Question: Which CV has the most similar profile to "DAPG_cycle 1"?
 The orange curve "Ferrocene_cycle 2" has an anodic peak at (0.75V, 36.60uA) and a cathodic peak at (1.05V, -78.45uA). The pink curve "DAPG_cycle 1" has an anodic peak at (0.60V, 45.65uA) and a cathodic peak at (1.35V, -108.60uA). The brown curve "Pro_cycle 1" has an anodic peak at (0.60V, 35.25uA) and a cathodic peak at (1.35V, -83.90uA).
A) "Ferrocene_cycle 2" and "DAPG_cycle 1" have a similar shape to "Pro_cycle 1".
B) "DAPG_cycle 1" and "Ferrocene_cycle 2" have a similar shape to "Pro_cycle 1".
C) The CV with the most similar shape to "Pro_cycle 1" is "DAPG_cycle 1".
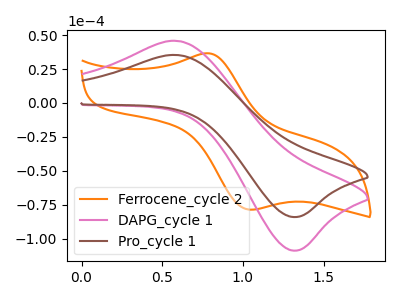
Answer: <think>"Ferrocene_cycle 2" and "DAPG_cycle 1" have at least one peak that do not match. "Ferrocene_cycle 2" and "Pro_cycle 1" have at least one peak that do not match. All the peaks in "DAPG_cycle 1" have a peak in "Pro_cycle 1" at the same potential. Every peak in "DAPG_cycle 1" is higher than every peak in "Pro_cycle 1".
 </think>
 <answer>C) The CV with the most similar shape to "Pro_cycle 1" is "DAPG_cycle 1".</answer>
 <eval>C</eval>